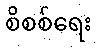
စိစစ်ရေး